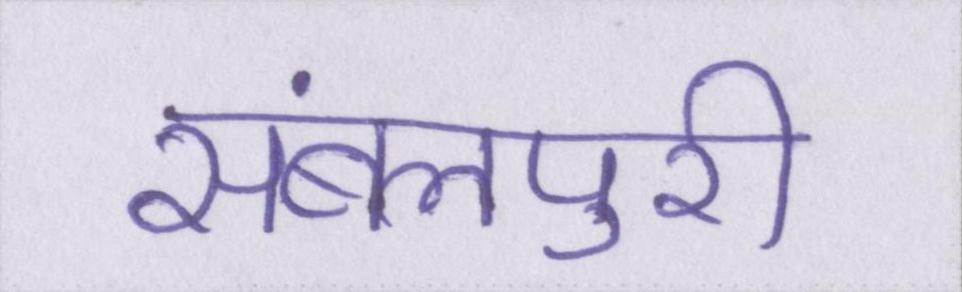
संबलपुरी